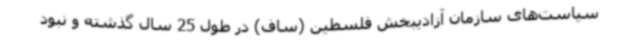
سیاست‌های سازمان آزادیبخش فلسطین (ساف) در طول 25 سال گذشته و نبود